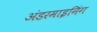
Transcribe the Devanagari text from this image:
अंडरमाइनिंग